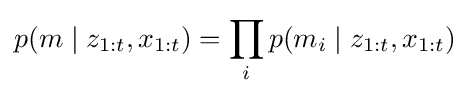
p(m\mid z_{1:t},x_{1:t})=\prod _{i}p(m_{i}\mid z_{1:t},x_{1:t})